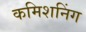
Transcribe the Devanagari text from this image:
कमिशनिंग